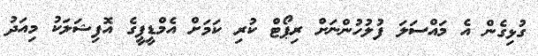
ގުޅިގެން އެ މައްސަލަ ފުލުހުންނަށް ރިޕޯޓް ކުރި ކަމަށް އެމްޑީޕީގެ އޮފިޝަލަކު މިއަދު